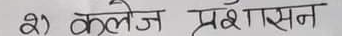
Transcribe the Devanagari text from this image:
२) कॉलेज प्रशासन